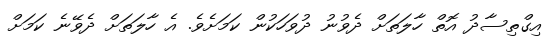
އިގްތިސާދު އޮތް ހާލަތަށް ދެވުނު ދުވަހަކުން ކަމަށެވެ. އެ ހާލަތަށް ދެވޭނެ ކަމަށް